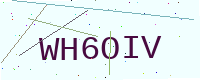
Text: WH6OIV